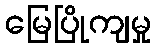
မြေပြိုကျမှု